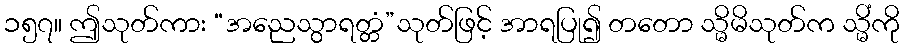
၁၅၇။ ဤသုတ်ကား “အညေသွာရတ္တံ”သုတ်ဖြင့် အာရပြု၍ တတော သ္မိမိသုတ်က သ္မိံကို